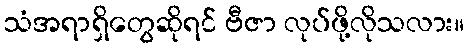
သံအရာရှိတွေဆိုရင် ဗီဇာ လုပ်ဖို့လိုသလား။